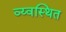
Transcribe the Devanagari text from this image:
व्य्वस्थित